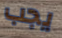
يجب